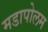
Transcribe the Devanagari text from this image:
मडापोलम